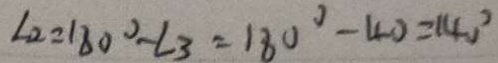
\angle 2 = 1 8 0 ^ { \circ } - \angle 3 = 1 8 0 ^ { \circ } - 4 0 = 1 4 0 ^ { \circ }